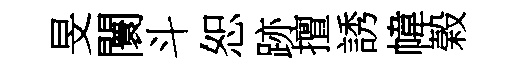
旻闤斗恕跡擅誘幃榖